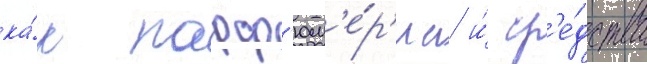
ка́к парф'юм'е́р'иа и́ ср'е́дства